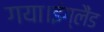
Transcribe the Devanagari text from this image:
गया।इंग्लैंड